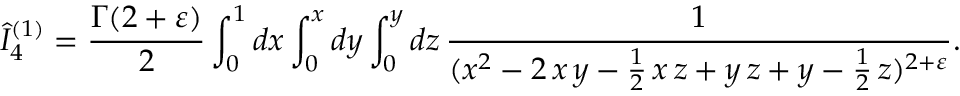
\hat { I } _ { 4 } ^ { ( 1 ) } = \frac { \Gamma ( 2 + \varepsilon ) } { 2 } \int _ { 0 } ^ { 1 } d x \int _ { 0 } ^ { x } d y \int _ { 0 } ^ { y } d z \, \frac { 1 } { ( x ^ { 2 } - 2 \, x \, y - \frac { 1 } { 2 } \, x \, z + y \, z + y - \frac { 1 } { 2 } \, z ) ^ { 2 + \varepsilon } } .